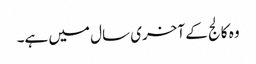
وہ کالج کے آخری سال میں ہے۔